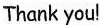
Thank you!